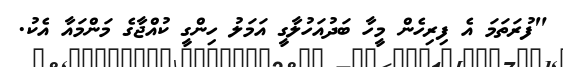
"ފުރަތަމަ އެ ފިރިހެން މީހާ ބަދުއަހުލާގީ އަމަލު ހިންގީ ކުއްޖާގެ މަންމައާ އެކު.